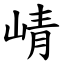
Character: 崝